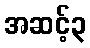
အဆင့်၃